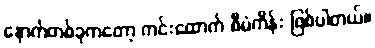
နောက်တစ်ခုကတော့ ကင်းထောက် စီမံကိန်း ဖြစ်ပါတယ်။